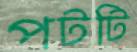
পটটি